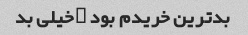
بدترین خریدم بود …خیلی بد